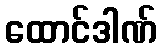
ထောင်ဒါဏ်